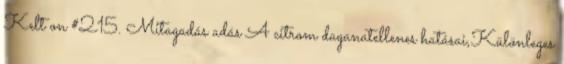
Kelt on #215. Mitagadás adás A citrom daganatellenes hatásai,Különleges